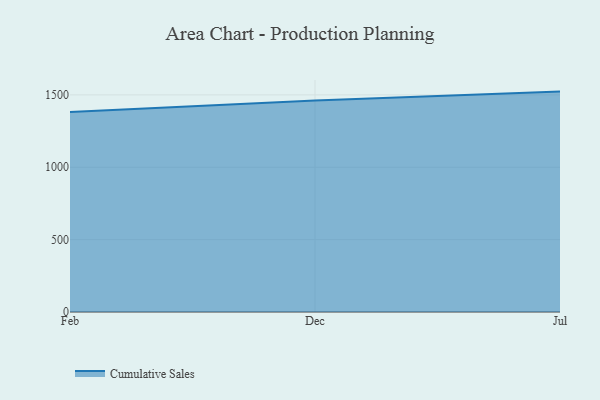
{"axis": {"x": "Month", "y": "Churn Rate (%)"}, "legend": ["Cumulative Sales"], "data": [{"x": "Feb", "y": 1382.4, "type": "Cumulative Sales"}, {"x": "Dec", "y": 1461.9, "type": "Cumulative Sales"}, {"x": "Jul", "y": 1522.9, "type": "Cumulative Sales"}]}